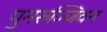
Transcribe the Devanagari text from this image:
पुनरुज्जिवन